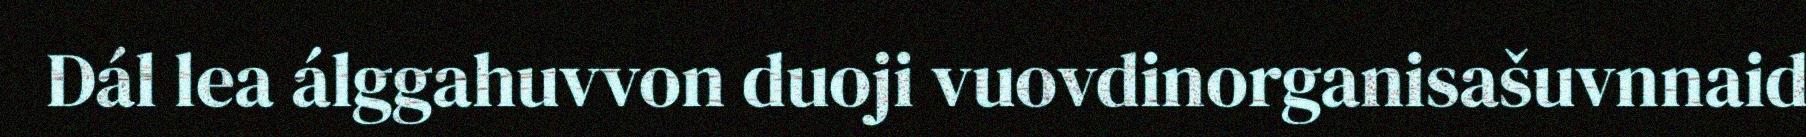
Dál lea álggahuvvon duoji vuovdinorganisašuvnnaid